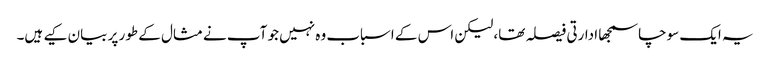
یہ ایک سوچاسمجھا ادارتی فیصلہ تھا، لیکن اس کے اسباب وہ نہیں جو آپ نے مثال کے طور پر بیان کیے ہیں۔